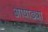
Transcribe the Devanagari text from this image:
आषाढ्या